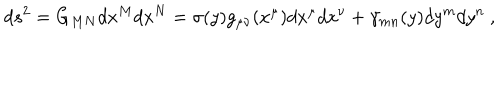
d s ^ { 2 } = G _ { M N } d x ^ { M } d x ^ { N } = \sigma ( y ) g _ { \mu \nu } ( x ^ { \mu } ) d x ^ { \mu } d x ^ { \nu } + \gamma _ { m n } ( y ) d y ^ { m } d y ^ { n } ~ ,